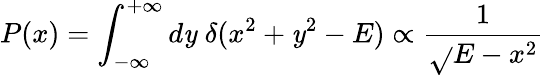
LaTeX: P(x)=\int_{-\infty}^{+\infty}d\mathit{y}\; \delta(x^{2}+\mathit{y}^{2}-E)\propto\frac{{1}}{{\sqrt{}{{E-x^{2}}}}}